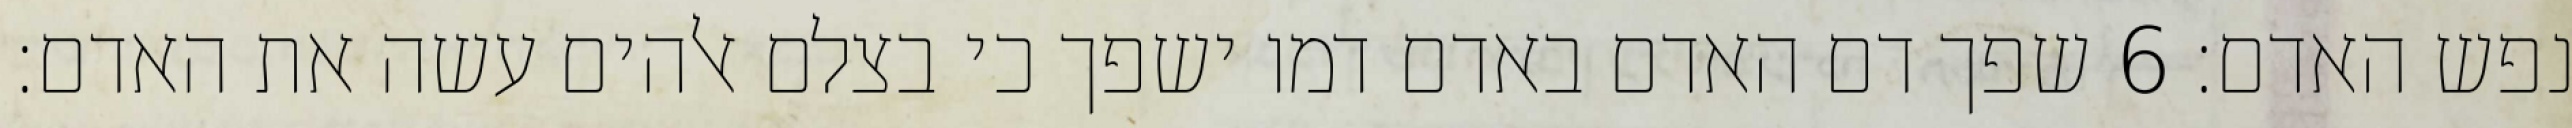
נפש האדם׃ ‎6‏ שפך דם האדם באדם דמו ישפך כי בצלם אלהים עשה את האדם׃